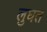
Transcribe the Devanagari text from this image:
लुघत